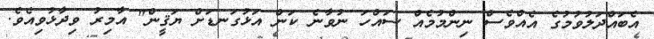
އެބައްދަލުވުމުގެ އެއްވެސް ނިންމުމެއް ސައްހަ ނުވާނެ ކަން އަޅުގަނޑަށް ޔަޤީން" އާމިރު ވިދާޅުވިއެވެ.